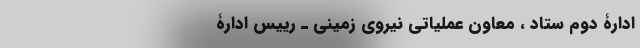
ادارۀ‌‌ دوم‌ ستاد ‌، معاون‌ عملیاتی‌ نیروی‌ زمینی‌ ـ رییس‌ ادارۀ‌‌